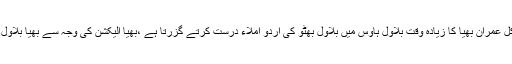
زرداری تو بھیا کا جگری یار ہے ، آج کل عمران بھیا کا زیادہ وقت بلاول ہاوس میں بلاول بھٹو کی اردو املاء درست کرتے گزرتا ہے ،بھیا الیکشن کی وجہ سے بھیا بلاول بھٹو کی خصوصی کلاس لے رہے ہیں ۔